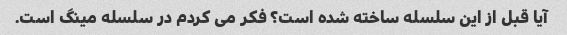
آیا قبل از این سلسله ساخته شده است؟ فکر می کردم در سلسله مینگ است.